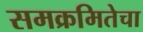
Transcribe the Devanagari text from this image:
समक्रमितेचा